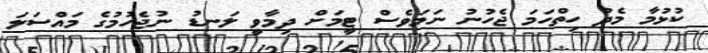
ކުޅުމާ މެދު ހިތްހަމަ ޖެހުނު ނަމަވެސް ޓީމަށް ދިމާވީ ލަނޑު ނުޖެހުމުގެ މައްސަލަ